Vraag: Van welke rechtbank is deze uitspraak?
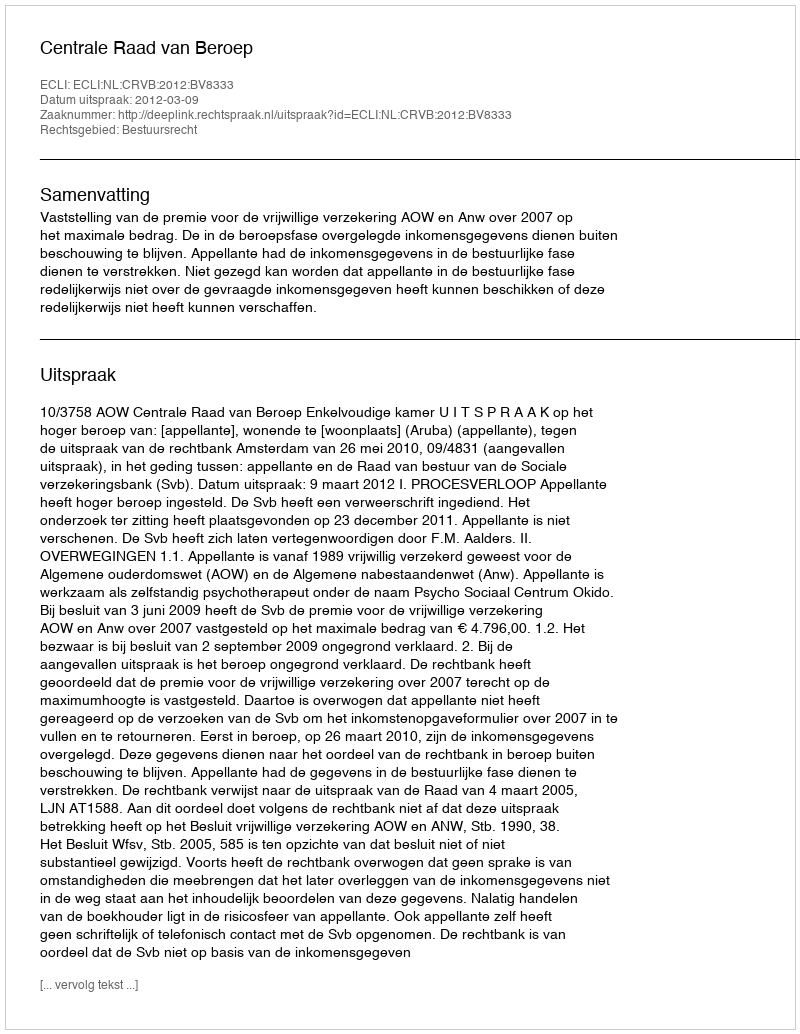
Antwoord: Centrale Raad van Beroep